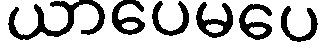
ယာပေမပေ